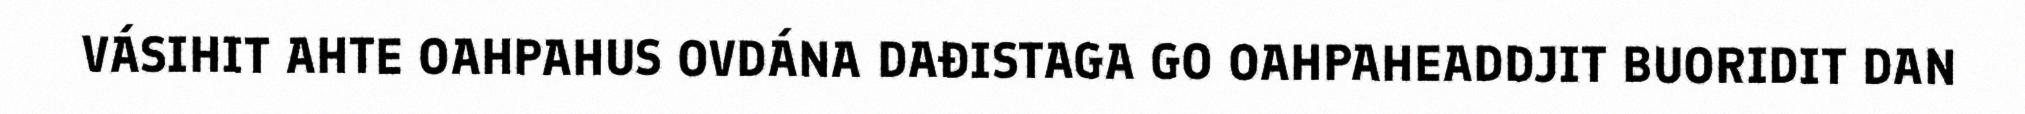
VÁSIHIT AHTE OAHPAHUS OVDÁNA DAĐISTAGA GO OAHPAHEADDJIT BUORIDIT DAN